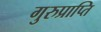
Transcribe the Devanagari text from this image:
गुरुप्राप्ति